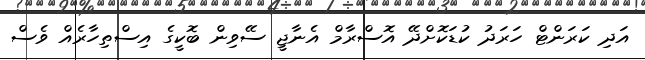
އަދި ކަރަންޓް ހަރަދު ކުޑަކޮށްދޭ އޮސްރާމް އެނާޖީ ސޭވިން ބޮކީގެ އިސްތިހާރެއް ވެސް